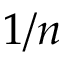
1 / n